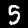
Digit: 5